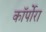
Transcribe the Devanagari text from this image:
कॉर्पोरा